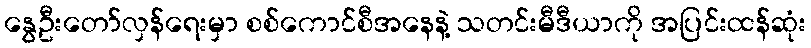
နွေဦးတော်လှန်ရေးမှာ စစ်ကောင်စီအနေနဲ့ သတင်းမီဒီယာကို အပြင်းထန်ဆုံး